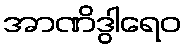
အာဏိဒွါရေဝ